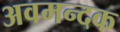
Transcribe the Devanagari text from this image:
अवमन्दक